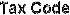
TAX CODE